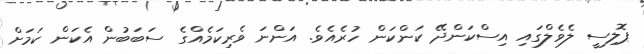
ޕޮލިސީ ލެވެލްގައި އިސްކަންދޭ ކަންކަން ހުރެއެވެ. އަންނަ ވެރިކަމެއްގެ ސަބަބުން އެކަން ކަމަށް